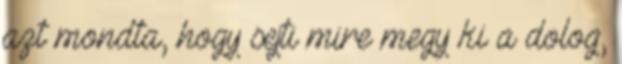
azt mondta, hogy sejti mire megy ki a dolog,